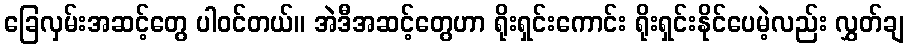
ခြေလှမ်းအဆင့်တွေ ပါဝင်တယ်။ အဲဒီအဆင့်တွေဟာ ရိုးရှင်းကောင်း ရိုးရှင်းနိုင်ပေမဲ့လည်း လွှတ်ချ